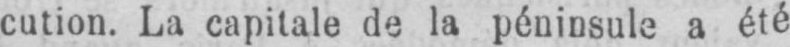
cution. La capitale de la péninsule a été